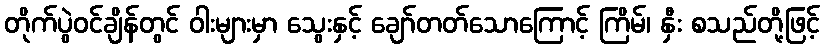
တိုက်ပွဲဝင်ချိန်တွင် ဝါးများမှာ သွေးနှင့် ချော်တတ်သောကြောင့် ကြိမ်၊ နှီး စသည်တို့ဖြင့်